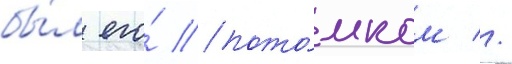
бы́л его́ пото́мком //